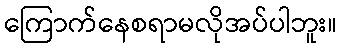
ကြောက်နေစရာမလိုအပ်ပါဘူး။